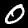
Label: 0